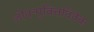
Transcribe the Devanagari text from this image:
जीवन्मुक्तिविवेक